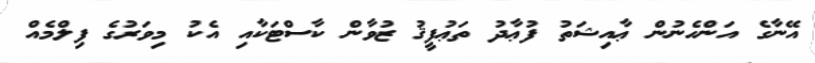
އޭނާގެ އަންހެނުން ޢާއިޝަތު ފުޢާދު ތަޢުފީޤު ޒުވާން ކާސްޓަކާއި އެކު މިވަރުގެ ފިލްމެއް